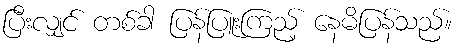
ပြီးလျှင် တစ်ခါ ပြန်ပြူးကြည့် နေမိပြန်သည်။